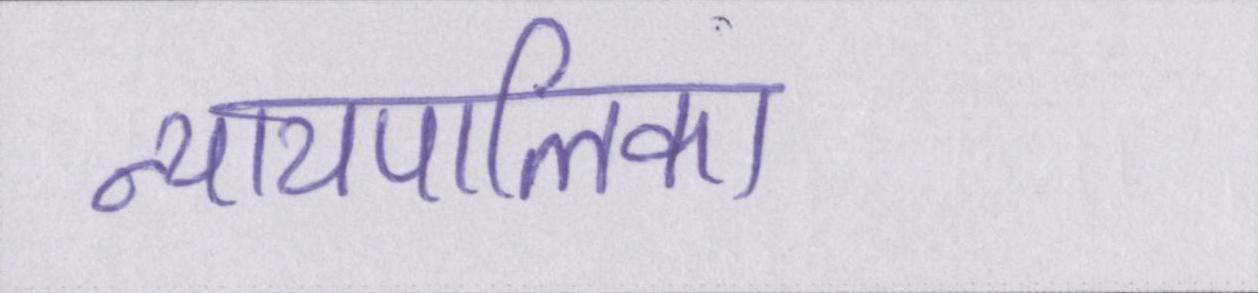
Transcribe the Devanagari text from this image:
न्यायपालिका